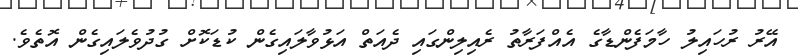
އޭރު ރުހައިލު ހާމަފެންޑާގެ އެއްފަރާތު ރެއިލިންގައި ދެއަތް އަޅުވާލައިގެން ކުޑަކޮށް ގުދުވެލައިގެން އޮތެވެ.